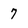
Character: 7